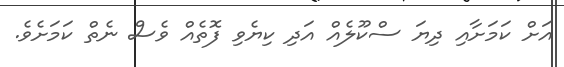
އަށް ކަމަށާއި ދިޔަ ސްކޫލެއް އަދި ކިޔެވި ފޮތެއް ވެސް ނެތް ކަމަށެވެ.